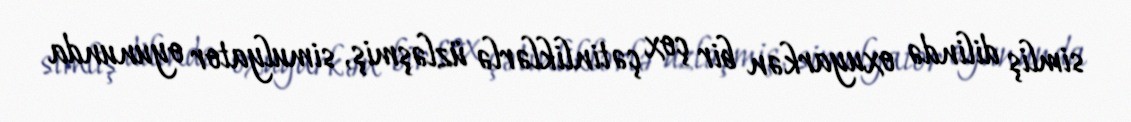
simliş dilində oxuyarkən bir çox çətinliklərlə üzləşmiş, simulyator oyununda